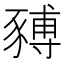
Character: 𧱹